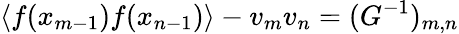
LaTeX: \left\langle f(x_{m-1})f(x_{n-1})\right\rangle-v_{m}v_{n}=(G^{-1})_{m,n}